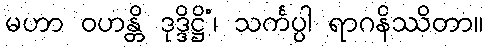
မဟာ ဝဟန္တိ ဒုဒ္ဒိဋ္ဌိံ၊ သင်္ကပ္ပါ ရာဂနိဿိတာ။